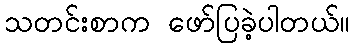
သတင်းစာက ဖော်ပြခဲ့ပါတယ်။